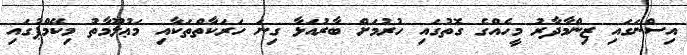
އިސްނަގައި ޒިންމާދާރު މީހެއްގެ ގޮތުގައި ހުރުމަށް ބާރުއަޅާ ގިނަ ހަރަކާތްތަކާއި މަޢުލޫމާތު މިކޭމްޕުގައި